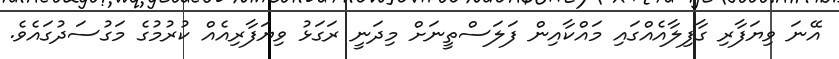
އޭނަ ވިޔަފާރި ގާފިލާއެއްގައި މައްކާއިން ފަލަސްތީނަށް މިދަނީ ރަގަޅު ވިޔަފާރިއެއް ކުރުމުގެ މަގުސަދުގައެވެ.